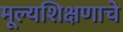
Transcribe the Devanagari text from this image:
मूल्यशिक्षणाचे